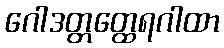
ဂေါဒတ္တတ္ထေရဂါထာ